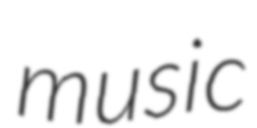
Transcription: music